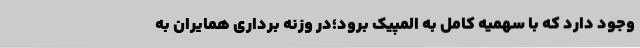
وجود دارد که با سهمیه کامل به المپیک برود؛در وزنه برداری همایران به